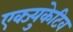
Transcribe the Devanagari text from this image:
एक्ज्युकेटिव